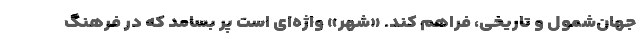
جهان‌شمول و تاریخی، فراهم کند. «شهر» واژه‌ای است پُر بسامد که در فرهنگ